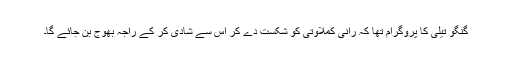
گنگو تیلی کا پروگرام تھا کہ رانی کملاوتی کو شکست دے کر اس سے شادی کر کے راجہ بھوج بن جائے گا۔